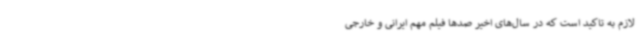
لازم به تاکید است که در سال‌های اخیر صدها فیلم مهم ایرانی و خارجی